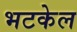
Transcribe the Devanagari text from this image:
भटकेल